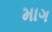
માગ